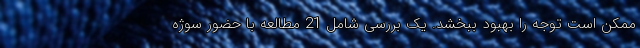
ممکن است توجه را بهبود ببخشد. یک بررسی شامل 21 مطالعه با حضور سوژه